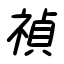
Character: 禎